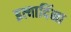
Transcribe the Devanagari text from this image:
इत्यादिंना